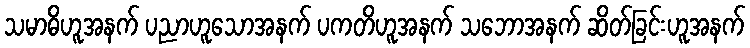
သမာဓိဟူအနက် ပညာဟူသောအနက် ပကတိဟူအနက် သဘောအနက် ဆိတ်ခြင်းဟူအနက်